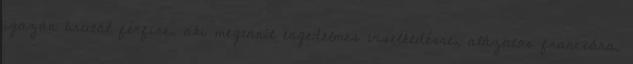
igazán brutál férfire, aki megtanít engedelmes viselkedésre, alázatos franciára.